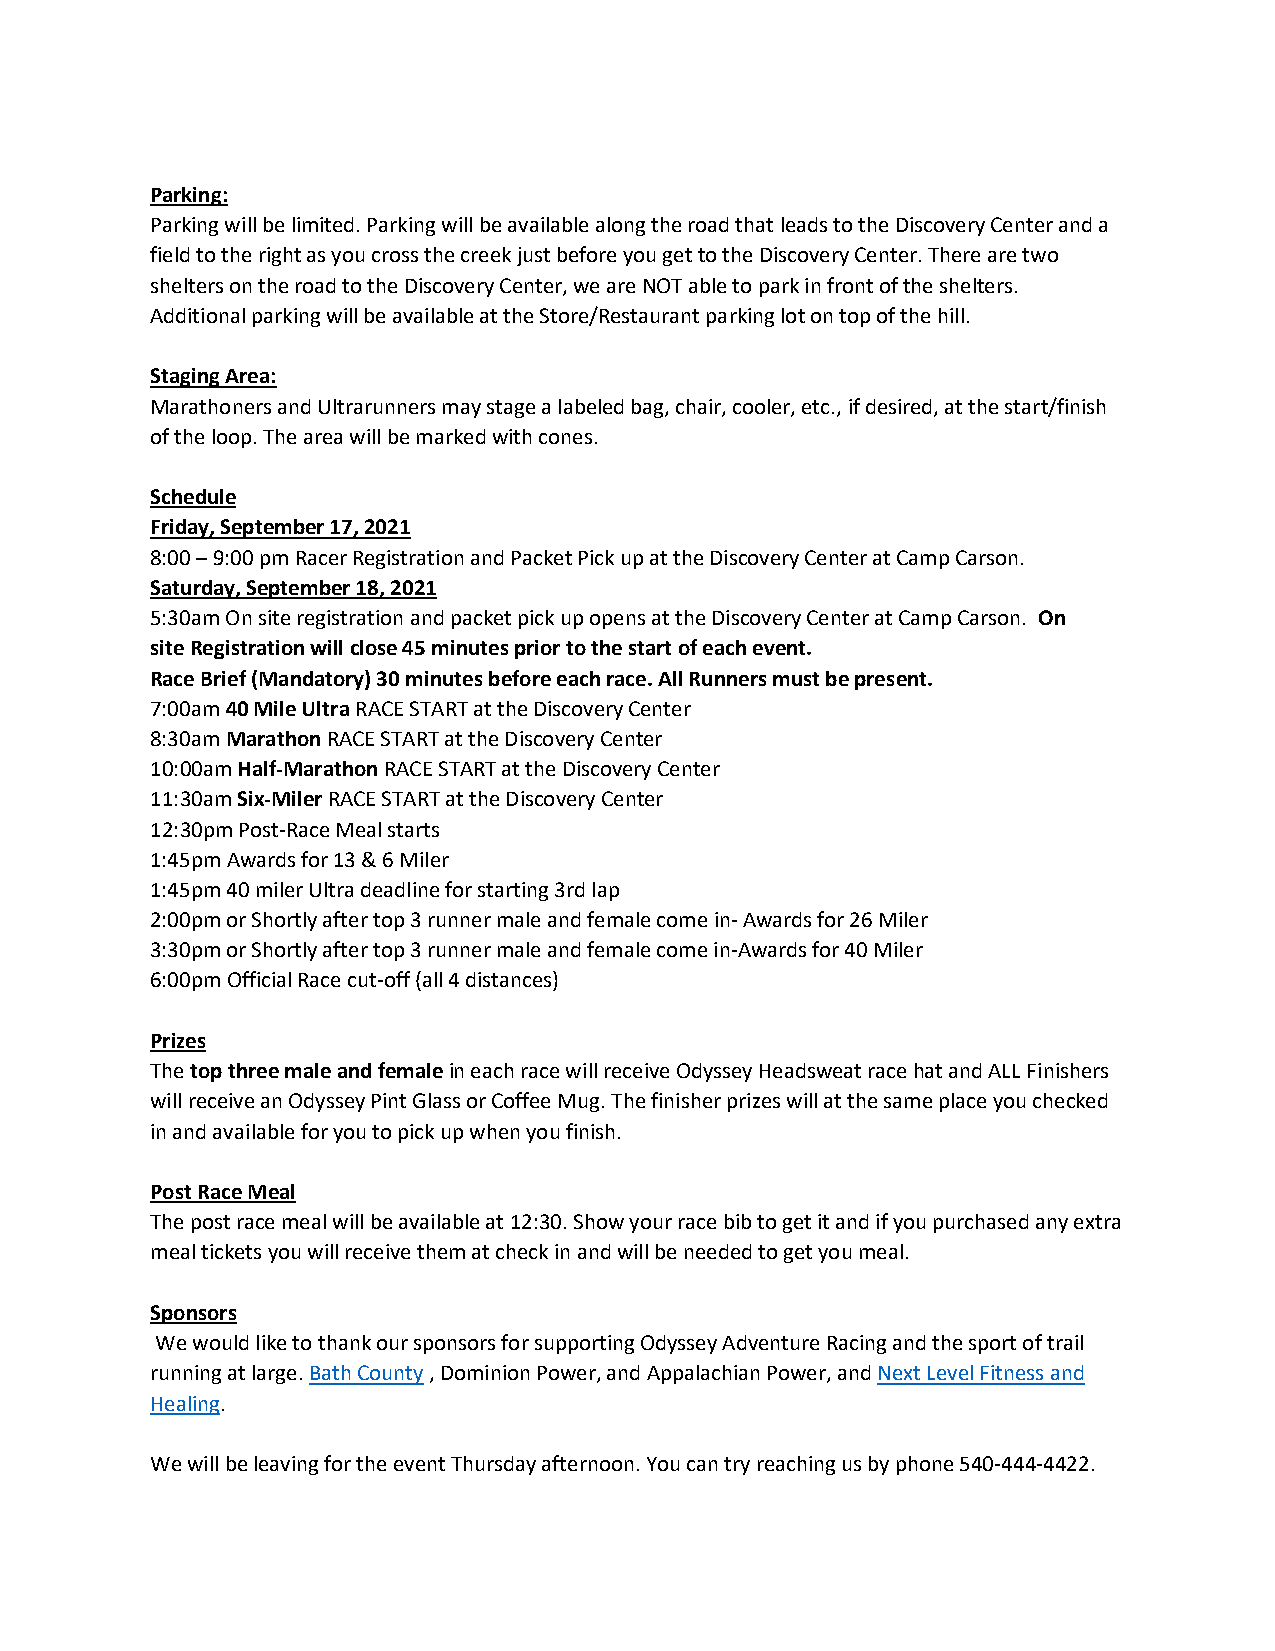
Parking:
 Parking will be limited. Parking will be available along the road that leads to the Discovery Center and a
 field to the right as you cross the creek just before you get to the Discovery Center. There are two
 shelters on the road to the Discovery Center, we are NOT able to park in front of the shelters.
 Additional parking will be available at the Store/Restaurant parking lot on top of the hill.
 Staging Area:
 Marathoners and Ultrarunners may stage a labeled bag, chair, cooler, etc., if desired, at the start/finish
 of the loop. The area will be marked with cones.
 Schedule
 Friday, September 17, 2021
 8:00 – 9:00 pm Racer Registration and Packet Pick up at the Discovery Center at Camp Carson.
 Saturday, September 18, 2021
 5:30am On site registration and packet pick up opens at the Discovery Center at Camp Carson. On
 site Registration will close 45 minutes prior to the start of each event.
 Race Brief (Mandatory) 30 minutes before each race. All Runners must be present.
 7:00am 40 Mile Ultra RACE START at the Discovery Center
 8:30am Marathon RACE START at the Discovery Center
 10:00am Half-Marathon RACE START at the Discovery Center
 11:30am Six-Miler RACE START at the Discovery Center
 12:30pm Post-Race Meal starts
 1:45pm Awards for 13 & 6 Miler
 1:45pm 40 miler Ultra deadline for starting 3rd lap
 2:00pm or Shortly after top 3 runner male and female come in- Awards for 26 Miler
 3:30pm or Shortly after top 3 runner male and female come in-Awards for 40 Miler
 6:00pm Official Race cut-off (all 4 distances)
 Prizes
 The top three male and female in each race will receive Odyssey Headsweat race hat and ALL Finishers
 will receive an Odyssey Pint Glass or Coffee Mug. The finisher prizes will at the same place you checked
 in and available for you to pick up when you finish.
 Post Race Meal
 The post race meal will be available at 12:30. Show your race bib to get it and if you purchased any extra
 meal tickets you will receive them at check in and will be needed to get you meal.
 Sponsors
 We would like to thank our sponsors for supporting Odyssey Adventure Racing and the sport of trail
 running at large. Bath County , Dominion Power, and Appalachian Power, and Next Level Fitness and
 Healing.
 We will be leaving for the event Thursday afternoon. You can try reaching us by phone 540-444-4422.